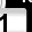
Digit: 1